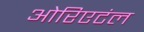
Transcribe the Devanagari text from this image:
ओरिएटंल